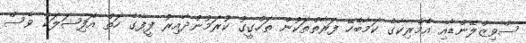
ސްވިޒްލޭންޑާއި އެމެރިކާގެ ކަމާބެހޭ ފަރާތްތަކުން ތަހްގީގު ކުރަމުންދާއިރު ފީފާގެ ހަތް އޮފިޝަލަކު ވެސް